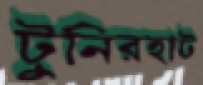
টুনিরহাট